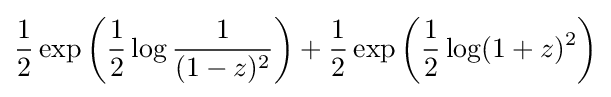
{\frac {1}{2}}\exp \left({\frac {1}{2}}\log {\frac {1}{(1-z)^{2}}}\right)+{\frac {1}{2}}\exp \left({\frac {1}{2}}\log(1+z)^{2}\right)